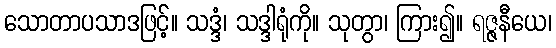
သောတာပသာဒဖြင့်။ သဒ္ဒံ၊ သဒ္ဒါရုံကို။ သုတွာ၊ ကြား၍။ ရဇ္ဇနီယေ၊